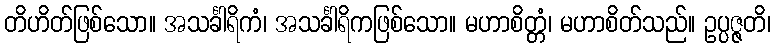
တိဟိတ်ဖြစ်သော။ အသင်္ခါရိကံ၊ အသင်္ခါရိကဖြစ်သော။ မဟာစိတ္တံ၊ မဟာစိတ်သည်။ ဥပ္ပဇ္ဇတိ၊